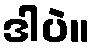
ဒါပဲ။